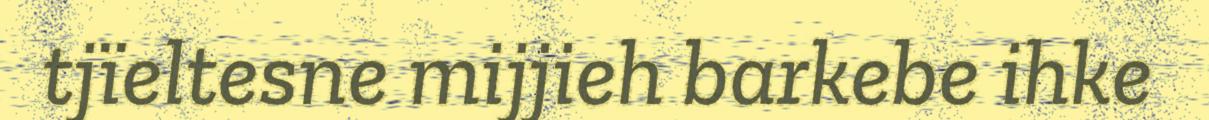
tjïeltesne mijjieh barkebe ihke